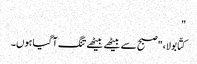
"
کتّا بولا، "صبح سے بیٹھے بیٹھے تنگ آ گیا ہوں۔